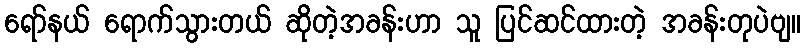
ရော်နယ် ရောက်သွားတယ် ဆိုတဲ့အခန်းဟာ သူ ပြင်ဆင်ထားတဲ့ အခန်းတုပဲဗျ။